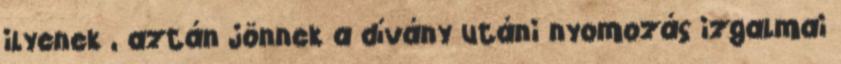
ilyenek , aztán jönnek a dívány utáni nyomozás izgalmai